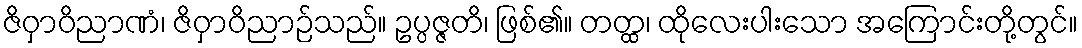
ဇိဝှာဝိညာဏံ၊ ဇိဝှာဝိညာဉ်သည်။ ဥပ္ပဇ္ဇတိ၊ ဖြစ်၏။ တတ္ထ၊ ထိုလေးပါးသော အကြောင်းတို့တွင်။